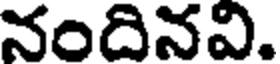
నందినవి.